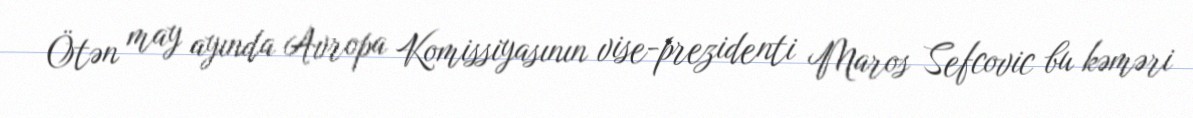
Ötən may ayında Avropa Komissiyasının vise-prezidenti Maros Sefcovic bu kəməri